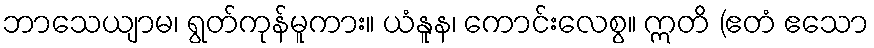
ဘာသေယျာမ၊ ရွတ်ကုန်မူကား။ ယံနူန၊ ကောင်းလေစွ။ ဣတိ (ဧတံ ဧသော